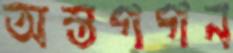
অস্তগগন